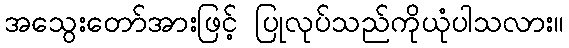
အသွေးတော်အားဖြင့် ပြုလုပ်သည်ကိုယုံပါသလား။